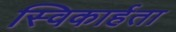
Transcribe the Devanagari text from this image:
स्विकार्हता